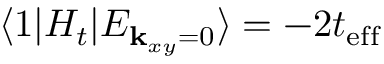
\langle 1 | H _ { t } | E _ { { \bf k } _ { x y } = 0 } \rangle = - 2 t _ { \mathrm { e f f } }